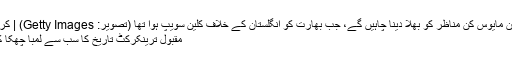
دھونی ان مایوس کن مناظر کو بھلا دینا چاہیں گے، جب بھارت کو انگلستان کے خلاف کلین سویپ ہوا تھا (تصویر: Getty Images) | کرک نامہ
مقبول ترینکرکٹ تاریخ کا سب سے لمبا چھکا کون سا؟